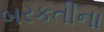
બરકતીના